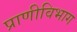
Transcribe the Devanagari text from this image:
प्राणीविभाग